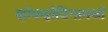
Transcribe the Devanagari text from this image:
व्हॉयव्होडिनामध्ये